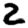
Digit: 2